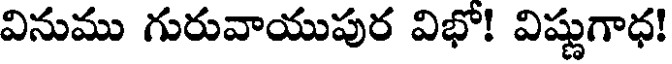
వినుము గురువాయుపుర విభో! విష్ణుగాధ!